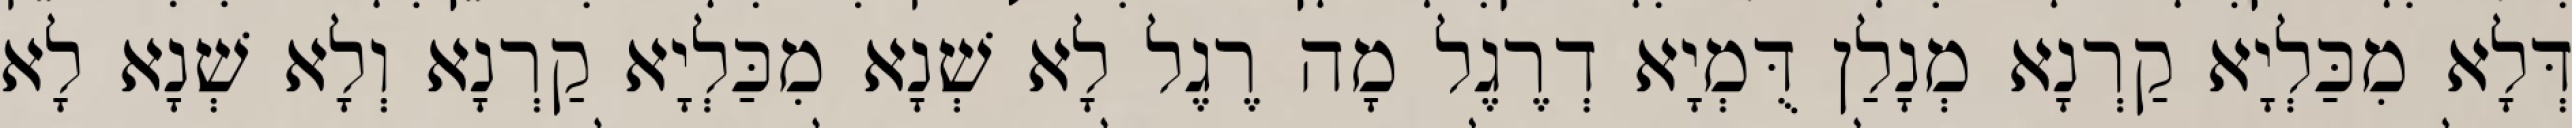
דְּלָא מִכַּלְיָא קַרְנָא מְנָלַן דֻּמְיָא דְרֶגֶל מָה רֶגֶל לָא שְׁנָא מִכַּלְיָא קַרְנָא וְלָא שְׁנָא לָא